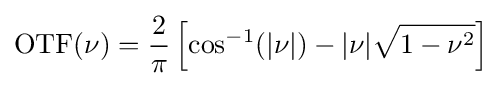
\operatorname {OTF} (\nu )={\frac {2}{\pi }}\left[\cos ^{-1}(|\nu |)-|\nu |{\sqrt {1-\nu ^{2}}}\right]